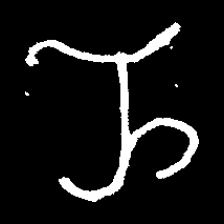
Pyu character \u2014 Myanmar letter: ည (romanized: nya)